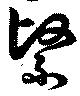
繄